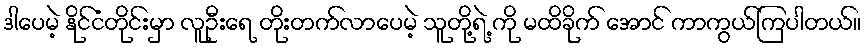
ဒါပေမဲ့ နိုင်ငံတိုင်းမှာ လူဦးရေ တိုးတက်လာပေမဲ့ သူတို့ရဲ့ ကို မထိခိုက် အောင် ကာကွယ်ကြပါတယ်။